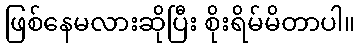
ဖြစ်နေမလားဆိုပြီး စိုးရိမ်မိတာပါ။